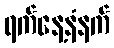
ရက်နေ့နံနက်